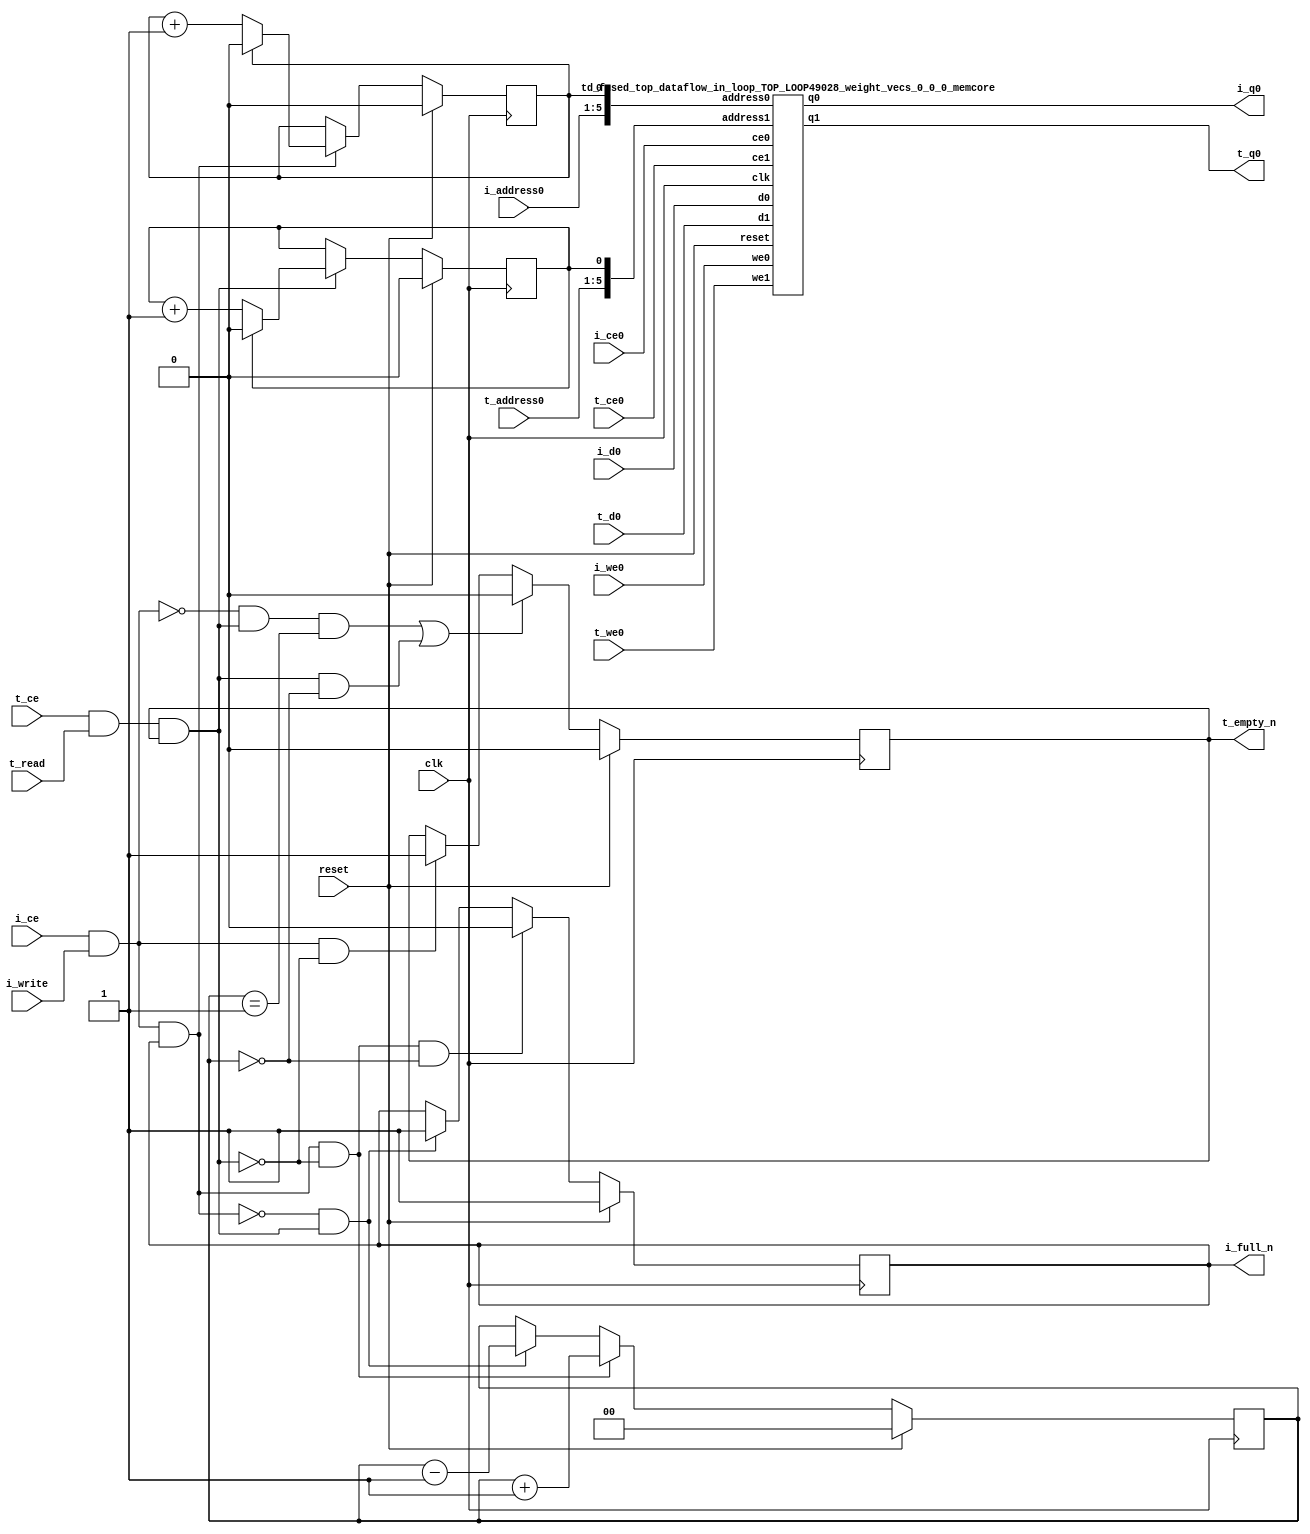
`define SIMULATION_MEMORY
`define EXPONENT 5
`define MANTISSA 10
`define ACTUAL_MANTISSA 11
`define EXPONENT_LSB 10
`define EXPONENT_MSB 14
`define MANTISSA_LSB 0
`define MANTISSA_MSB 9
`define MANTISSA_MUL_SPLIT_LSB 3
`define MANTISSA_MUL_SPLIT_MSB 9
`define SIGN 1
`define SIGN_LOC 15
`define DWIDTH (`SIGN+`EXPONENT+`MANTISSA)
`define IEEE_COMPLIANCE 1

module td_fused_top_dataflow_in_loop_TOP_LOOP49028_weight_vecs_0_0_0
#(parameter
    DataWidth    = 16,
    AddressRange = 32,
    AddressWidth = 5,
    BufferCount  = 2,
    IndexWidth   = 1
) (
    // system signals
    input  wire                    clk,
    input  wire                    reset,
    // initiator
    input  wire                    i_ce,
    input  wire                    i_write,
    output wire                    i_full_n,
    input  wire                    i_ce0,
    input  wire                    i_we0,
    input  wire [AddressWidth-1:0] i_address0,
    input  wire [DataWidth-1:0]    i_d0,
    output wire [DataWidth-1:0]    i_q0,
    // target
    input  wire                    t_ce,
    input  wire                    t_read,
    output wire                    t_empty_n,
    input  wire                    t_ce0,
    input  wire                    t_we0,
    input  wire [AddressWidth-1:0] t_address0,
    input  wire [DataWidth-1:0]    t_d0,
    output wire [DataWidth-1:0]    t_q0
);
//------------------------Local signal-------------------
// control/status
reg  [IndexWidth-1:0]   iptr    = 1'b0; // initiator index
reg  [IndexWidth-1:0]   tptr    = 1'b0; // target index
reg  [IndexWidth:0]     count   = 1'b0; // count of written buffers
reg                     full_n  = 1'b1; // whether all buffers are written
reg                     empty_n = 1'b0; // whether none of the buffers is written
wire                    push_buf;       // finish writing a buffer
wire                    write_buf;      // write a buffer
wire                    pop_buf;        // finish reading a buffer
wire [AddressWidth+IndexWidth-1:0]   memcore_iaddr;
wire [AddressWidth+IndexWidth-1:0]   memcore_taddr;

//------------------------Instantiation------------------
assign memcore_iaddr = {i_address0, iptr};
assign memcore_taddr = {t_address0, tptr};
td_fused_top_dataflow_in_loop_TOP_LOOP49028_weight_vecs_0_0_0_memcore td_fused_top_dataflow_in_loop_TOP_LOOP49028_weight_vecs_0_0_0_memcore_U (
    .clk      ( clk ),
    .reset    ( reset ),
    .ce0      ( i_ce0 ),
    .we0      ( i_we0),
    .address0 ( memcore_iaddr ),
    .d0       ( i_d0 ),
    .q0       ( i_q0 ),

    .ce1      ( t_ce0 ),
    .we1      ( t_we0),
    .address1 ( memcore_taddr ),
    .d1       ( t_d0 ),
    .q1       ( t_q0 )
);

//------------------------Body---------------------------

//++++++++++++++++++++++++output+++++++++++++++++++++++++
assign i_full_n  = full_n;
assign t_empty_n = empty_n;
//+++++++++++++++++++++++++++++++++++++++++++++++++++++++

//++++++++++++++++++++++++control/status+++++++++++++++++
assign push_buf = i_ce & i_write & full_n;
assign write_buf = i_ce & i_write;
assign pop_buf  = t_ce & t_read & empty_n;

// iptr
always @(posedge clk) begin
    if (reset == 1'b1)
        iptr <= 1'b0;
    else if (push_buf) begin
        if (iptr == BufferCount - 1'b1)
            iptr <= 1'b0;
        else
            iptr <= iptr + 1'b1;
    end
end

// tptr
always @(posedge clk) begin
    if (reset == 1'b1)
        tptr <= 1'b0;
    else if (pop_buf) begin
        if (tptr == BufferCount - 1'b1)
            tptr <= 1'b0;
        else
            tptr <= tptr + 1'b1;
    end
end

// count
always @(posedge clk) begin
    if (reset == 1'b1)
        count <= 1'b0;
    else if (push_buf && !pop_buf)
        count <= count + 1'b1;
    else if (!push_buf && pop_buf)
        count <= count - 1'b1;
end

// full_n
always @(posedge clk) begin
    if (reset == 1'b1)
        full_n <= 1'b1;
    else if (push_buf && !pop_buf && count == BufferCount - 2'd2)
        full_n <= 1'b0;
    else if (!push_buf && pop_buf)
        full_n <= 1'b1;
end

// empty_n
always @(posedge clk) begin
    if (reset == 1'b1)
        empty_n <= 1'b0;
    else if ((!write_buf && pop_buf && count == 1'b1)
             || (pop_buf && count == 1'b0))
        empty_n <= 1'b0;
    else if (write_buf && !pop_buf)
        empty_n <= 1'b1;
end
//+++++++++++++++++++++++++++++++++++++++++++++++++++++++

endmodule
module td_fused_top_dataflow_in_loop_TOP_LOOP49028_weight_vecs_0_0_0_memcore(
    reset,
    clk,
    address0,
    ce0,
    we0,
    d0,
    q0,
    address1,
    ce1,
    we1,
    d1,
    q1);

parameter DataWidth = 32'd16;
parameter AddressRange = 32'd64;
parameter AddressWidth = 32'd6;
input reset;
input clk;
input[AddressWidth - 1:0] address0;
input ce0;
input we0;
input[DataWidth - 1:0] d0;
output[DataWidth - 1:0] q0;
input[AddressWidth - 1:0] address1;
input ce1;
input we1;
input[DataWidth - 1:0] d1;
output[DataWidth - 1:0] q1;



/*td_fused_top_dataflow_in_loop_TOP_LOOP49028_weight_vecs_0_0_0_memcore_ram td_fused_top_dataflow_in_loop_TOP_LOOP49028_weight_vecs_0_0_0_memcore_ram_U(
    .clk( clk ),
    .addr0( address0 ),
    .ce0( ce0 ),
    .we0( we0 ),
    .d0( d0 ),
    .q0( q0 ),
    .addr1( address1 ),
    .ce1( ce1 ),
    .we1( we1 ),
    .d1( d1 ),
    .q1( q1 ));*/

wire wren0, wren1;
assign wren0 = we0 & ce0;
assign wren1 = we1 & ce1;
dpram
#(.AWIDTH(AddressWidth),
  .NUM_WORDS(AddressRange),
  .DWIDTH(DataWidth))
td_fused_top_dataflow_in_loop_TOP_LOOP49028_weight_vecs_0_0_0_memcore_ram_U (
   .clk(clk),
   .address_a(address0),
   .address_b(address1),
   .wren_a(wren0),
   .wren_b(wren1),
   .data_a(d0),
   .data_b(d1),
   .out_a(q0),
   .out_b(q1)
);

endmodule

module dpram (

    clk,

    address_a,

    address_b,

    wren_a,

    wren_b,

    data_a,

    data_b,

    out_a,

    out_b

);

parameter AWIDTH=10;

parameter NUM_WORDS=1024;

parameter DWIDTH=32;

input clk;

input [(AWIDTH-1):0] address_a;

input [(AWIDTH-1):0] address_b;

input  wren_a;

input  wren_b;

input [(DWIDTH-1):0] data_a;

input [(DWIDTH-1):0] data_b;

output reg [(DWIDTH-1):0] out_a;

output reg [(DWIDTH-1):0] out_b;



`ifdef SIMULATION_MEMORY



reg [DWIDTH-1:0] ram[NUM_WORDS-1:0];

always @ (posedge clk) begin 

  if (wren_a) begin

      ram[address_a] <= data_a;

  end

  else begin

      out_a <= ram[address_a];

  end

end

  

always @ (posedge clk) begin 

  if (wren_b) begin

      ram[address_b] <= data_b;

  end 

  else begin

      out_b <= ram[address_b];

  end

end



`else



dual_port_ram u_dual_port_ram(

.addr1(address_a),

.we1(wren_a),

.data1(data_a),

.out1(out_a),

.addr2(address_b),

.we2(wren_b),

.data2(data_b),

.out2(out_b),

.clk(clk)

);

`endif

endmodule